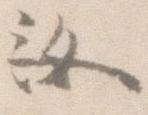
汝